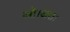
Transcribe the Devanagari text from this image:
ओ।अतः